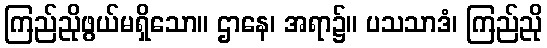
ကြည်ညိုဖွယ်မရှိသော။ ဌာနေ၊ အရာ၌။ ပသသာဒံ၊ ကြည်ညို